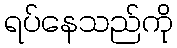
ရပ်နေသည်ကို